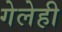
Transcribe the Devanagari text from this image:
गेलेही